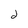
Character: j